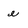
Character: e